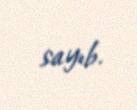
sayıb.